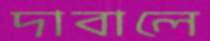
দাবালে